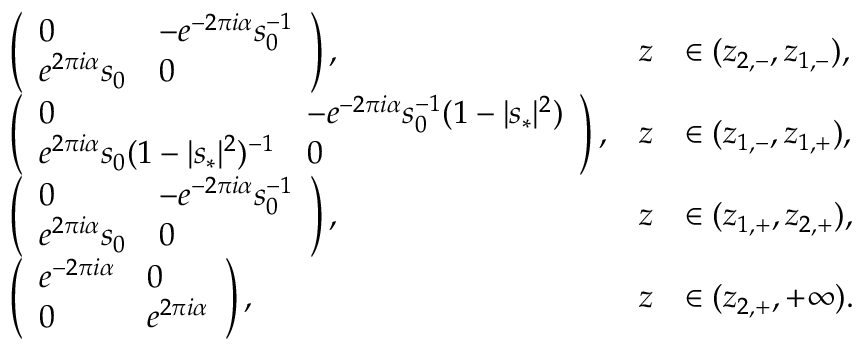
\begin{array} { r l r l } & { \left( \begin{array} { l l } { 0 } & { - e ^ { - 2 \pi i \alpha } s _ { 0 } ^ { - 1 } } \\ { e ^ { 2 \pi i \alpha } s _ { 0 } } & { 0 } \end{array} \right) , } & { z } & { \in ( z _ { 2 , - } , z _ { 1 , - } ) , } \\ & { \left( \begin{array} { l l } { 0 } & { - e ^ { - 2 \pi i \alpha } s _ { 0 } ^ { - 1 } ( 1 - | s _ { * } | ^ { 2 } ) } \\ { e ^ { 2 \pi i \alpha } s _ { 0 } ( 1 - | s _ { * } | ^ { 2 } ) ^ { - 1 } } & { 0 } \end{array} \right) , } & { z } & { \in ( z _ { 1 , - } , z _ { 1 , + } ) , } \\ & { \left( \begin{array} { l l } { 0 } & { - e ^ { - 2 \pi i \alpha } s _ { 0 } ^ { - 1 } } \\ { e ^ { 2 \pi i \alpha } s _ { 0 } } & { 0 } \end{array} \right) , } & { z } & { \in ( z _ { 1 , + } , z _ { 2 , + } ) , } \\ & { \left( \begin{array} { l l } { e ^ { - 2 \pi i \alpha } } & { 0 } \\ { 0 } & { e ^ { 2 \pi i \alpha } } \end{array} \right) , } & { z } & { \in ( z _ { 2 , + } , + \infty ) . } \end{array}